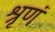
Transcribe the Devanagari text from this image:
श्रृणं